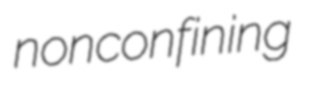
nonconfining